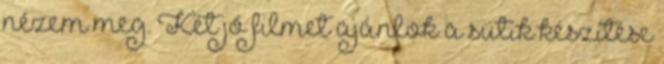
nézem meg. Két jó filmet ajánlok a sütik készítése